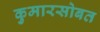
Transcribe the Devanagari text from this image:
कुमारसोबत